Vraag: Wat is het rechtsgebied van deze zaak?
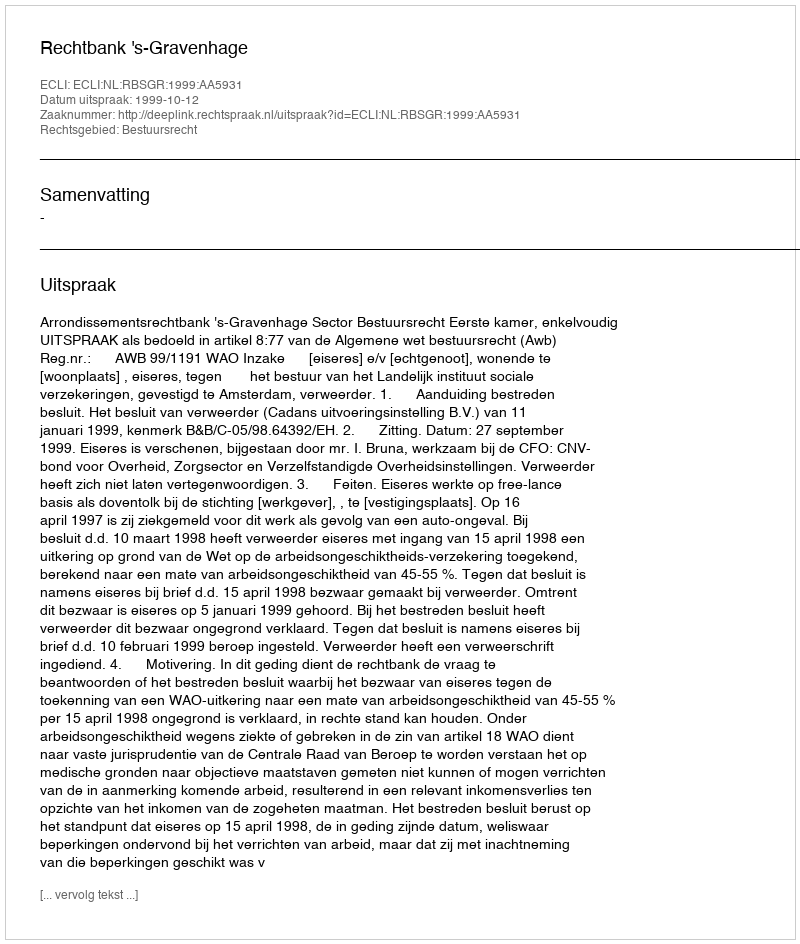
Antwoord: Bestuursrecht